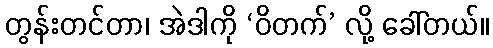
တွန်းတင်တာ၊ အဲဒါကို ‘ဝိတက်’ လို့ ခေါ်တယ်။